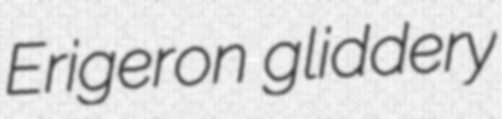
Erigeron gliddery